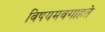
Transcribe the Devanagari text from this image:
विषयमवगाहते